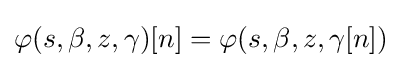
\varphi (s,\beta ,z,\gamma )[n]=\varphi (s,\beta ,z,\gamma [n])